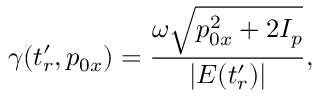
\gamma ( t _ { r } ^ { \prime } , p _ { 0 x } ) = \frac { \omega \sqrt { p _ { 0 x } ^ { 2 } + 2 I _ { p } } } { | E ( t _ { r } ^ { \prime } ) | } ,